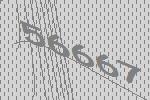
56667